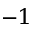
^ { - 1 }